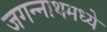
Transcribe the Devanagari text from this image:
जगन्‍नाथमध्ये